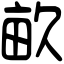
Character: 畝